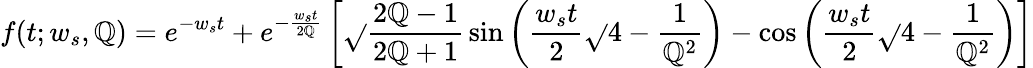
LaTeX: f(t;w_{s},\mathbb{Q})=e^{-w_{s}t}+e^{-\frac{{w_{s}t}}{{2\mathbb{Q}}}}\left[\sqrt{}{{\frac{{2\mathbb{Q}-1}}{{2\mathbb{Q}+1}}}}\sin\left(\frac{{w_{s}t}}{{2}}\sqrt{}{{4-\frac{{1}}{{\mathbb{Q}^{2}}}}}\right)-\cos\left(\frac{{w_{s}t}}{{2}}\sqrt{}{{4-\frac{{1}}{{\mathbb{Q}^{2}}}}}\right)\right]